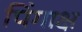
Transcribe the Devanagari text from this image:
पिंगाक्ष